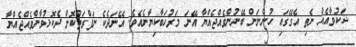
ޝަކުވާއެއް ނެތި އެގޭގައި ހުންނަން ބޭނުންވެއްޖެއްޔާ އޭނަ މަރުހަބާކިޔާނެއެވެ. އޭނަދެކެ ނަފްރަތުކޮށް ދެކޮޅުވާންވެއްޖެއްޔާ